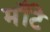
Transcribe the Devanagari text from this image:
मॉँटे